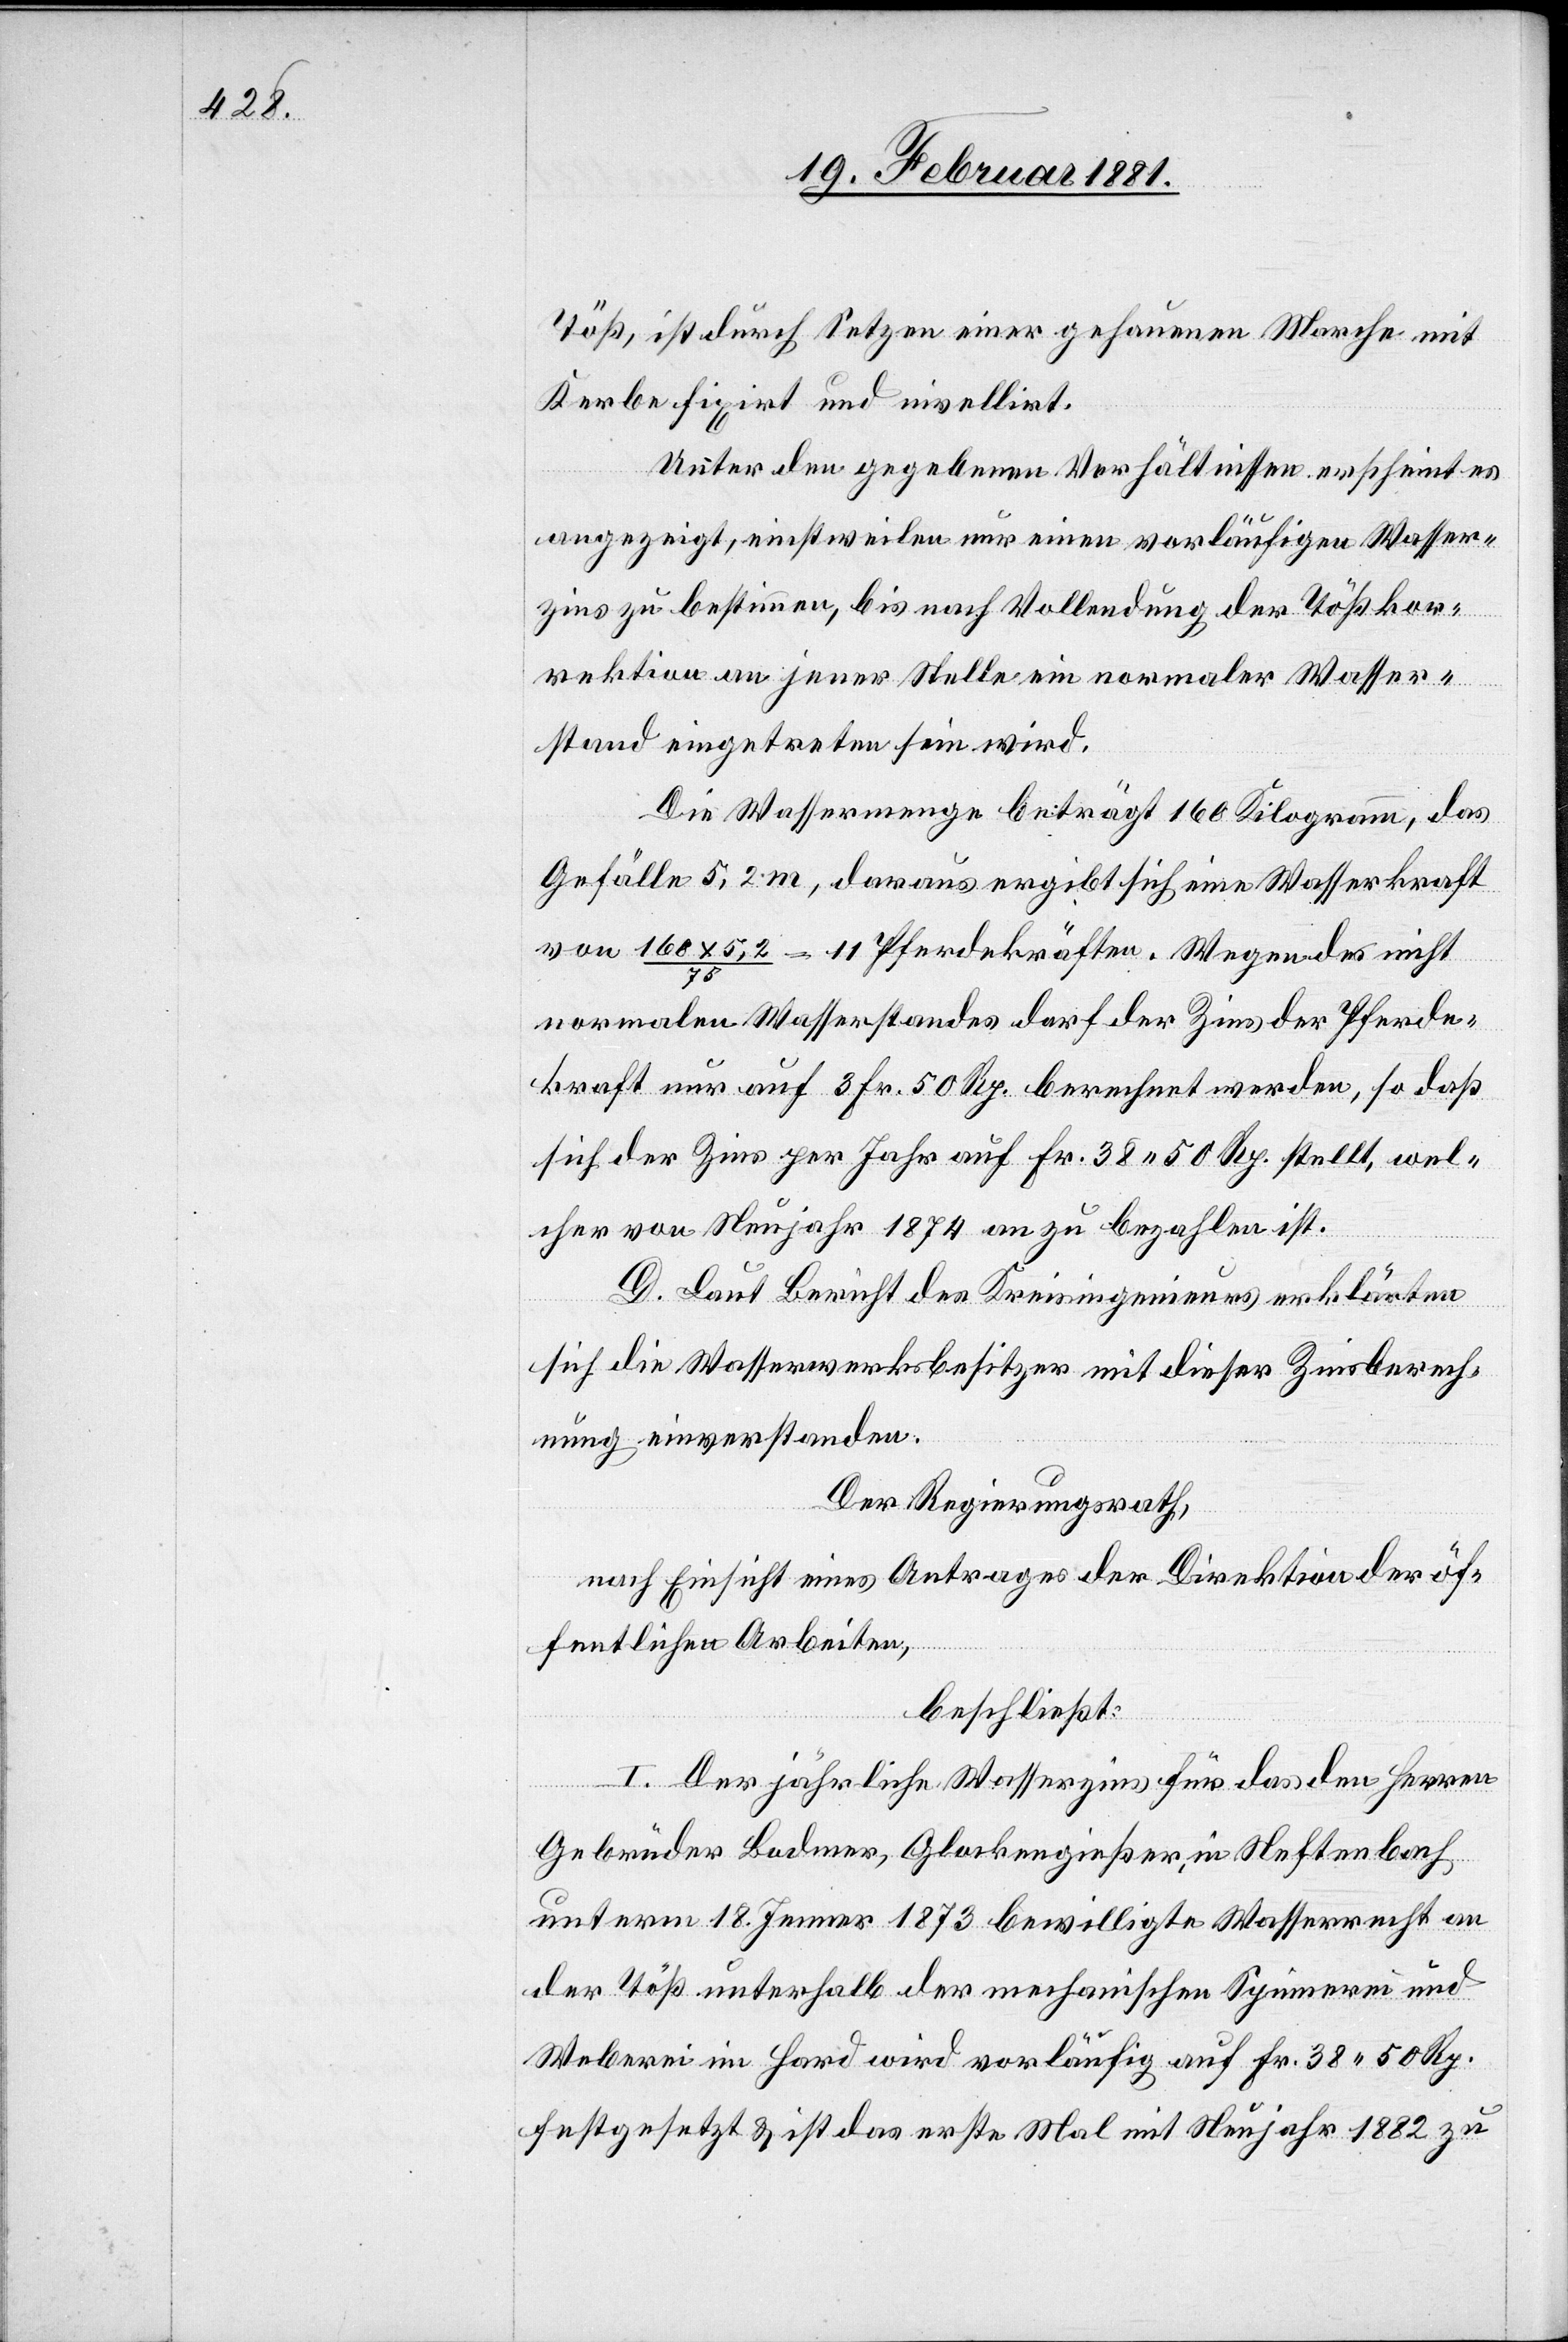
Töß, ist durch Setzen einer gehauenen Marche mit
Kerbe fixirt und nivellirt.
Unter den gegebenen Verhältnissen erscheint es
angezeigt, einstweilen nur einen vorläufigen Wasser¬
zins zu bestimmen, bis nach Vollendung der Tößkor¬
rektion an jener Stelle ein normaler Wasser¬
stand eingetreten sein wird.
Die Wassermenge beträgt 160 Kilogramm, das
Gefälle 5,2 m, daraus ergibt sich eine Wasserkraft
von 160 x 5,2 / 75 = 11 Pferdekräfte. Wegen des nicht
normalen Wasserstandes darf der Zins der Pferde¬
kraft nur auf 3 Fr. 50 Rp. berechnet werden, so daß
sich der Zins per Jahr auf Fr. 38 50 Rp. stellt, wel¬
cher von Neujahr 1874 an zu bezahlen ist.
D. Laut Bericht des Kreisingenieurs erklärten
sich die Wasserwerksbesitzer mit dieser Zinsberech¬
nung einverstanden.
Der Regierungsrath,
nach Einsicht eines Antrages der Direktion der öf¬
fentlichen Arbeiten,
beschließt:
I. Der jährliche Wasserzins für das den Herren
Gebrüder Bodmer, Glockengießer, in Neftenbach
unterm 18. Jenner 1873 bewilligte Wasserrecht an
der Töß unterhalb der mechanischen Spinnerei und
Weberei im Hard wird vorläufig auf Fr. 38 50 Rp.
festgesetzt & ist das erste Mal mit Neujahr 1882 zu